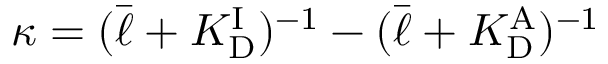
\kappa = ( \bar { \ell } + { K _ { \mathrm { D } } ^ { \mathrm { I } } } ) ^ { - 1 } - ( \bar { \ell } + { K _ { \mathrm { D } } ^ { \mathrm { A } } } ) ^ { - 1 }